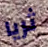
ثريا